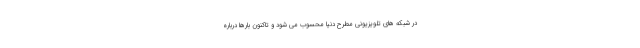
در شبکه های تلویزیونی مطرح دنیا محسوب می شود و تاکنون بارها درباره